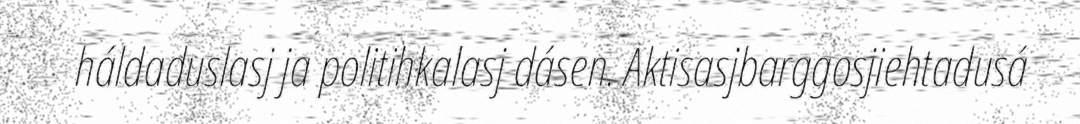
háldaduslasj ja politihkalasj dásen. Aktisasjbarggosjiehtadusá